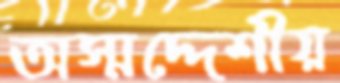
অস্মদ্দেশীয়